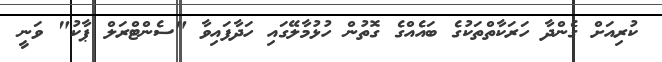
ކުރިއަށް ގެންދާ ހަރަކާތްތަކުގެ ބައެއްގެ ގޮތުން ހުޅުމާލޭގައި ހަދާފައިވާ "ސެންޓްރަލް ޕާކު" ވަނީ